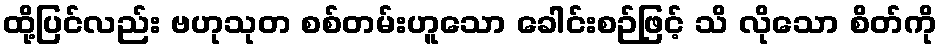
ထို့ပြင်လည်း ဗဟုသုတ စစ်တမ်းဟူသော ခေါင်းစဉ်ဖြင့် သိ လိုသော စိတ်ကို